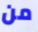
من